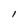
Character: l